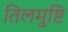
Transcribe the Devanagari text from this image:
तिलमुष्टि